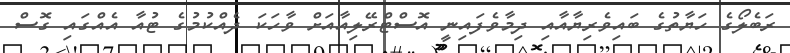
ރަބެލޯގެ ހަޔާތުގެ ބައިވެރިޔާއާއި ދިމާވެފައިނީ އޮސްޓްރޭލިއާއަށް ވާހަކަ ދެއްކުމުގެ ޓުއާ އެއްގައި ގޮސް